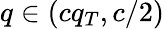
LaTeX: q\in(cq_{T},c/2)